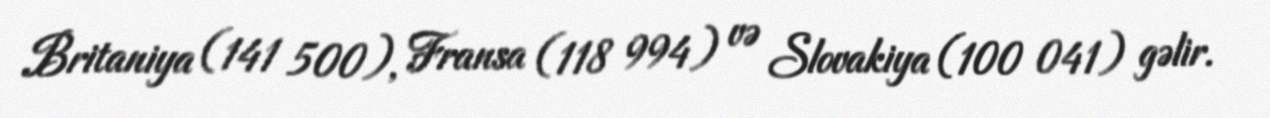
Britaniya (141 500), Fransa (118 994) və Slovakiya (100 041) gəlir.